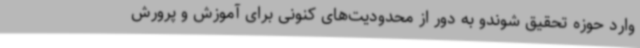
وارد حوزه تحقیق شوندو به دور از محدودیت‌های کنونی برای آموزش و پرورش